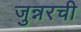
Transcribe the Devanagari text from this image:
जुन्नरची